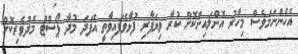
އެހެންނަމަވެސް މިހާރު އޮންލައިންކޮށް ކުރާ ވިޔަފާރި ފުޅާވެފައިވާތީ އެފަދަ މުދާ ޕޯސްޓް މެދުވެރިކޮށް